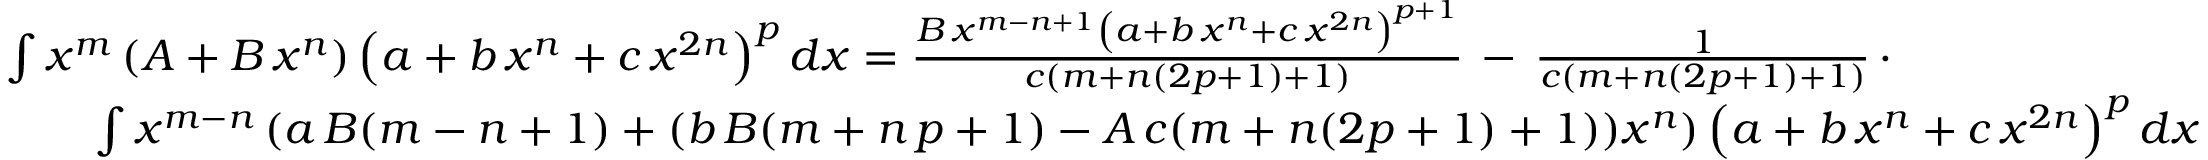
{ \begin{array} { r l } & { \int x ^ { m } \left( A + B \, x ^ { n } \right) \left( a + b \, x ^ { n } + c \, x ^ { 2 n } \right) ^ { p } d x = { \frac { B \, x ^ { m - n + 1 } \left( a + b \, x ^ { n } + c \, x ^ { 2 n } \right) ^ { p + 1 } } { c ( m + n ( 2 p + 1 ) + 1 ) } } \, - \, { \frac { 1 } { c ( m + n ( 2 p + 1 ) + 1 ) } } \, \cdot } \\ & { \qquad \int x ^ { m - n } \left( a \, B ( m - n + 1 ) + ( b \, B ( m + n \, p + 1 ) - A \, c ( m + n ( 2 p + 1 ) + 1 ) ) x ^ { n } \right) \left( a + b \, x ^ { n } + c \, x ^ { 2 n } \right) ^ { p } d x } \end{array} }